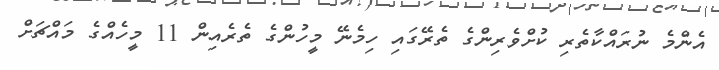
އެންމެ ނުރައްކާތެރި ކުށްވެރިންގެ ތެރޭގައި ހިމެނޭ މީހުންގެ ތެރެއިން 11 މީހެއްގެ މައްޗަށް